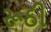
રૂઠી